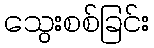
သွေးစစ်ခြင်း